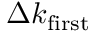
\Delta k _ { \mathrm { f i r s t } }